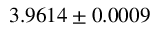
3 . 9 6 1 4 \pm 0 . 0 0 0 9